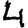
Digit: 4